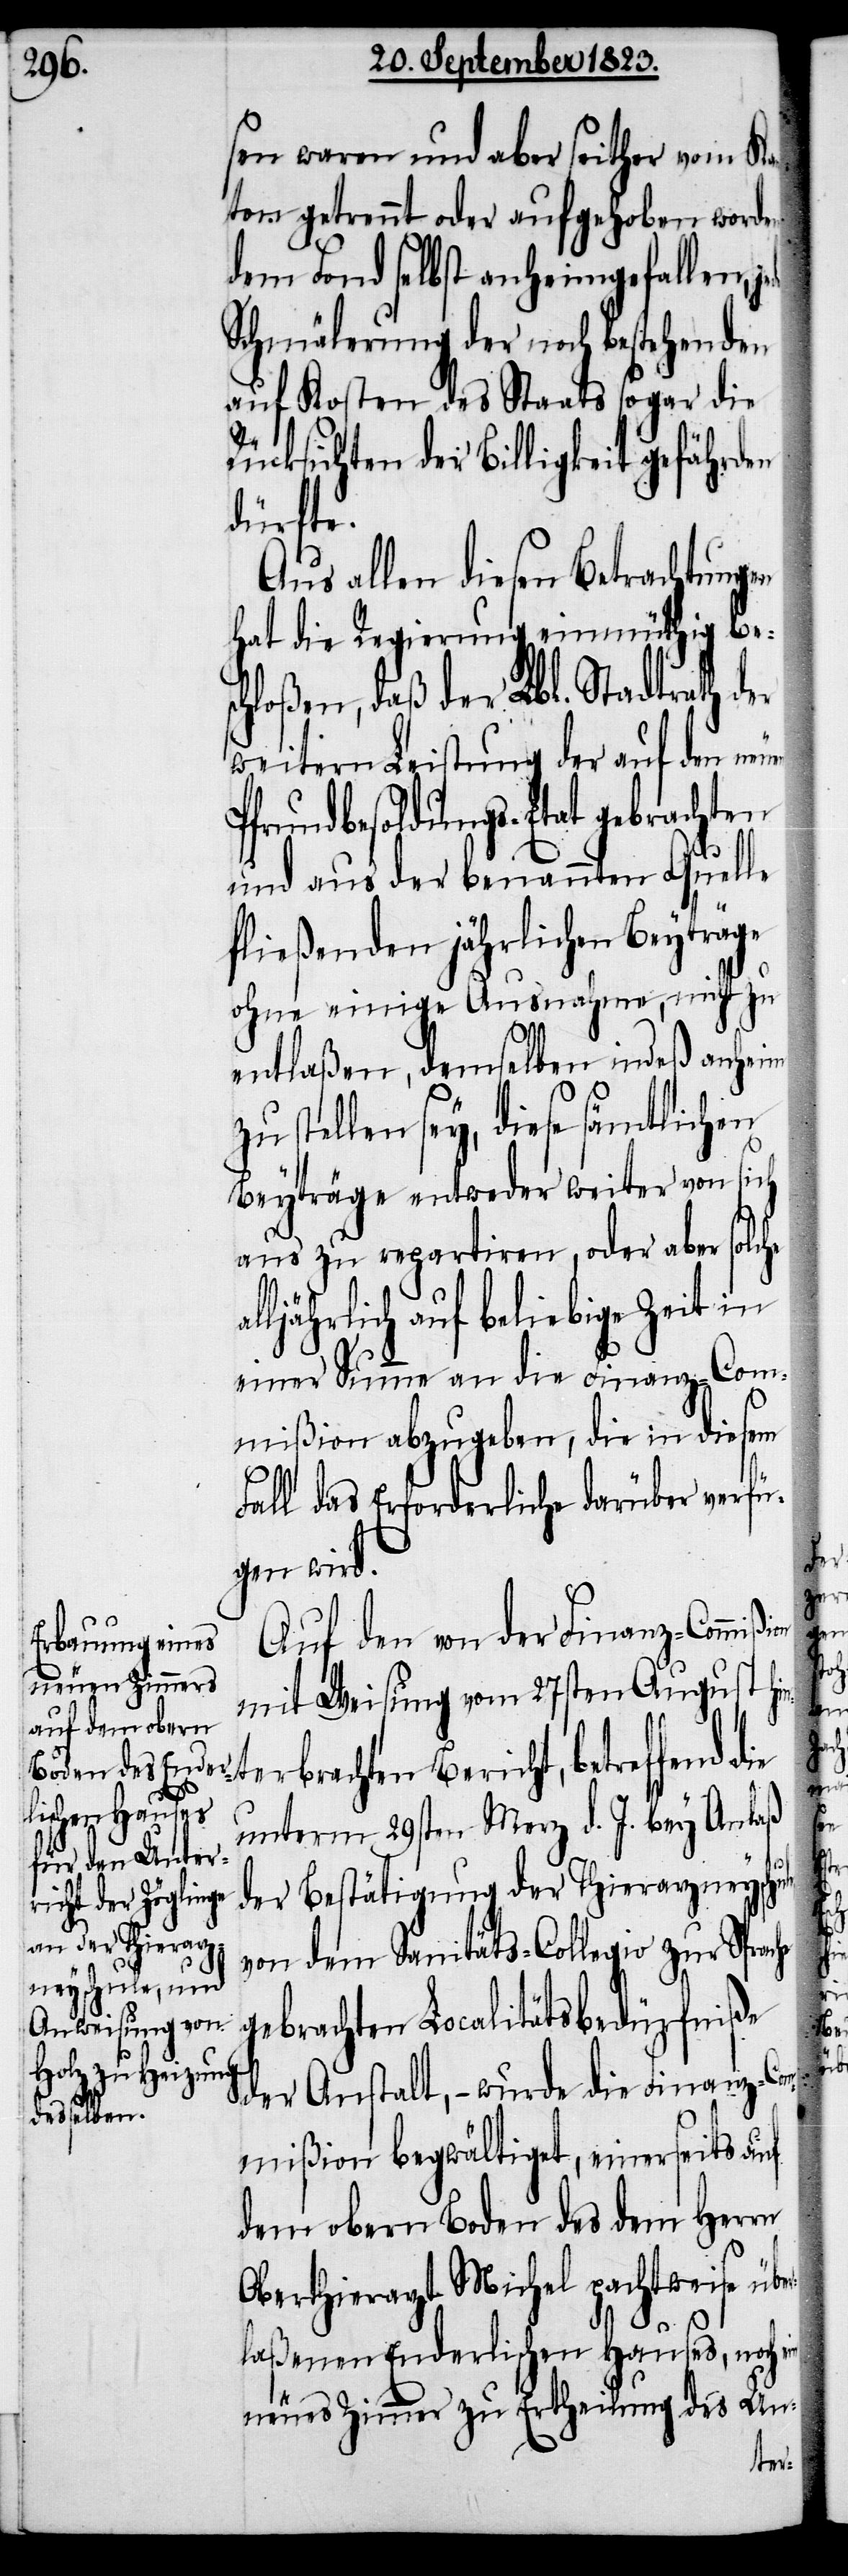
sen waren und aber seither vom Ka¬
nton getrennt oder aufgehoben worde¬
dem Fond selbst anheimgefallen,
Schmälerung der noch bestehenden
auf Kosten des Staates sogar die
Rücksichten der Billigkeit gefährden
dürfte.
Aus allen diesen Betrachtungen
hat die Regierung einmüthig bes¬
chloßen, daß der Lbl. Stadtrath der
weitern Leistung der auf den neu¬
frundbesoldungs-Etat gebrachten
und aus der benannten Quelle
fließenden jährlichen Beyträge
ohne einige Ausnahme, nicht zu
entlaßen, demselben indeß anheim
zu stellen sey, diese sämtlichen
Beyträge entweder weiter von sich
aus zu repartiren, oder aber solche
ljährlich auf beliebige Zeit in
einer Summe an die Finanz-Com¬
mißion abzugeben, die in diesem
Fall das Erforderliche darüber verfü¬
gen wird.
Auf den von der Finanz-Commiß¬
mit Weisung vom 27sten August hi¬
erbrachten Bericht, betre¬
unterm 29sten Merz d. J. bey Anlaß
der Bestätigung der Thierarzneysch¬
von dem Sanitäts-Collegio zur Sprac¬
gebrachten Localitätsbedürfniße
der Anstalt, − wurde die Finanz-Com¬
mißion begwältiget, einerseits auf
dem obern Boden des dem Herrn
Oberthierarzt Michel pachtweise übe¬
rlaßenen Enderlichen Hauses, noch
neues Zimmer zu Ertheilung des Un-

ein
P¬

he